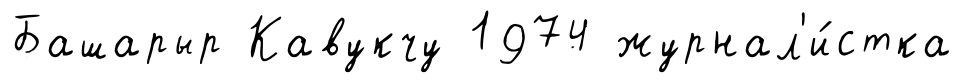
Башарыр Кавукчу 1974 журнал'и́стка